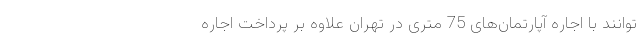
‌توانند با اجاره آپارتمان‌های 75 متری در تهران علاوه بر پرداخت اجاره